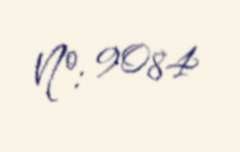
№: 9084